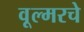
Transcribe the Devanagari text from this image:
वूल्मरचे